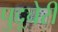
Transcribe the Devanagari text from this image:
पुद्दूचेरी